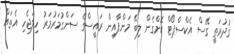
ގުދުރަތީ ގޭސް އެކްސްޕޯޓް ކޮށްގެން ލިބޭ މަންފާއިން ރައީސްގެ ސަންގުމަރުމަރު ހިލަޖެހި އެތައް